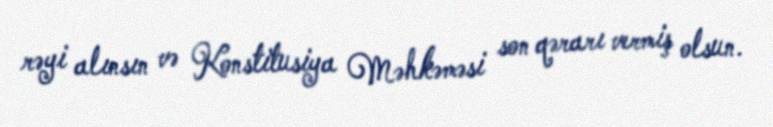
rəyi alınsın və Konstitusiya Məhkəməsi son qərarı vermiş olsun.